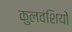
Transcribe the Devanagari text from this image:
कुलवंशियों